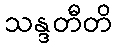
သန္ဒတီတိ